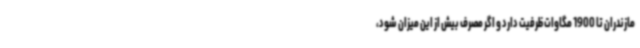
مازندران تا 1900 مگاوات ظرفیت دارد و اگر مصرف بیش از این میزان شود،